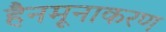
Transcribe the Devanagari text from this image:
हैनमूनाकरण